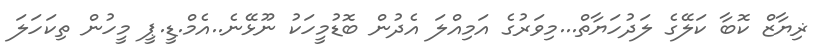
ޜިޔާޒް ކޮބާ ކަލޭގެ ލަދުހަޔާތް...މިވަރުގެ އަމިއްލަ އެދުން ބޮޑުމީހަކު ނޫޅޭނެ..އެމް.ޑީ.ޕީ މީހުން ތިކަހަލަ